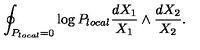
\oint _ { P _ { l o c a l } = 0 } \log P _ { l o c a l } \frac { d X _ { 1 } } { X _ { 1 } } \wedge \frac { d X _ { 2 } } { X _ { 2 } } .